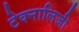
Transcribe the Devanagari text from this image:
टेक्नालिजी